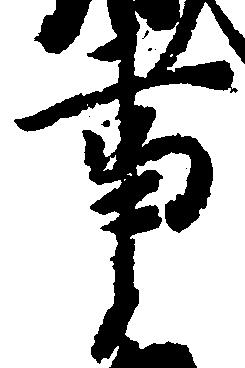
事